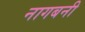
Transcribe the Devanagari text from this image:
नागबनी